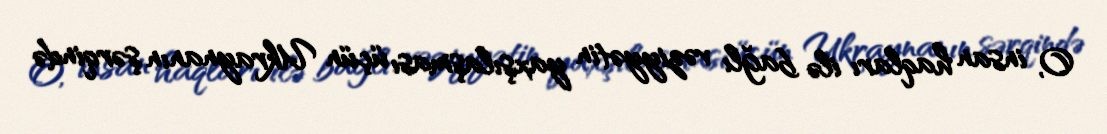
O, insan haqları ilə bağlı vəziyyətin yaxşılaşması üçün Ukraynanın şərqində